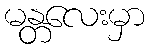
မန္တလေးမှာ